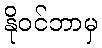
နိုဝင်ဘာမှ